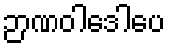
ဉာဏဝါဒေါပေ